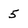
Character: 5